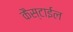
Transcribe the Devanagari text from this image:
कैस्टाईल